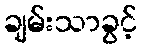
ချမ်းသာခွင့်